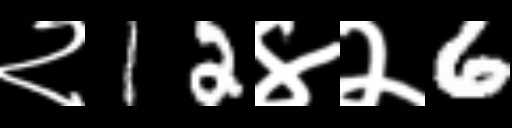
Text: २12४२6